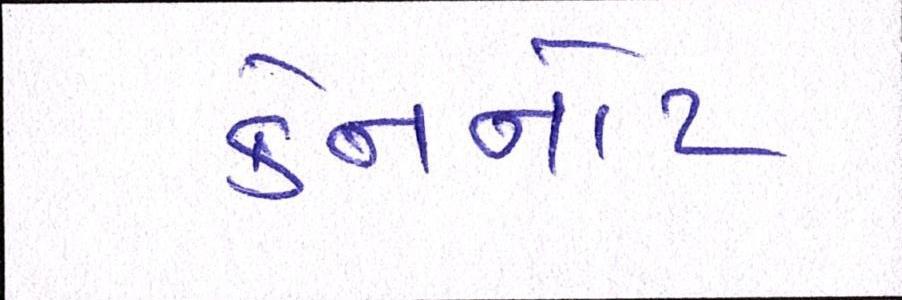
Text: કેનનોટ